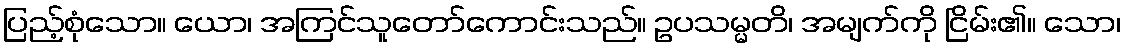
ပြည့်စုံသော။ ယော၊ အကြင်သူတော်ကောင်းသည်။ ဥပသမ္မတိ၊ အမျက်ကို ငြိမ်း၏။ သော၊